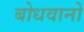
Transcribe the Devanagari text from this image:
बोधवानों